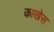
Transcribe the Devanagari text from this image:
काखेस